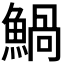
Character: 𩹢